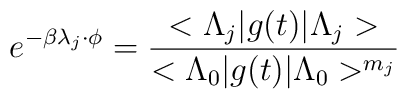
e^{-\beta \lambda _{j}\cdot \phi }=\frac{<\Lambda _{j}|g(t)|\Lambda _{j}>}{<\Lambda _{0}|g(t)|\Lambda _{0}>^{m_{j}}}